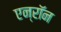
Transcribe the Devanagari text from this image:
एन्रॉन